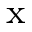
_ \textrm { x }